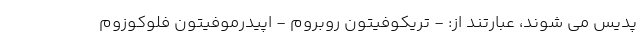
پدیس می شوند، عبارتند از: - تریکوفیتون روبروم - اپیدرموفیتون فلوکوزوم